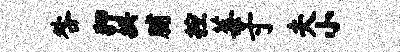
咎狎拱脯控莓寸夫小